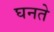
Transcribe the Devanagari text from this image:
घनते